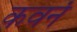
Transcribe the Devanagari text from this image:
कवनं